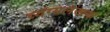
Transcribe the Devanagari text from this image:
व्यंग्यलेखक